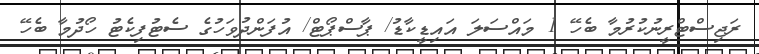
ރަޖިސްޓްރީނުކުރުމާ ބެހޭ 1 މައްސަލަ އައިޑީކާޑު/ ޕާސްޕޯޓް/ އުފަންދުވަހުގެ ސެޓުފިކެޓު ހޯދުމާ ބެހޭ